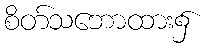
စိတ်သဘောထား၌